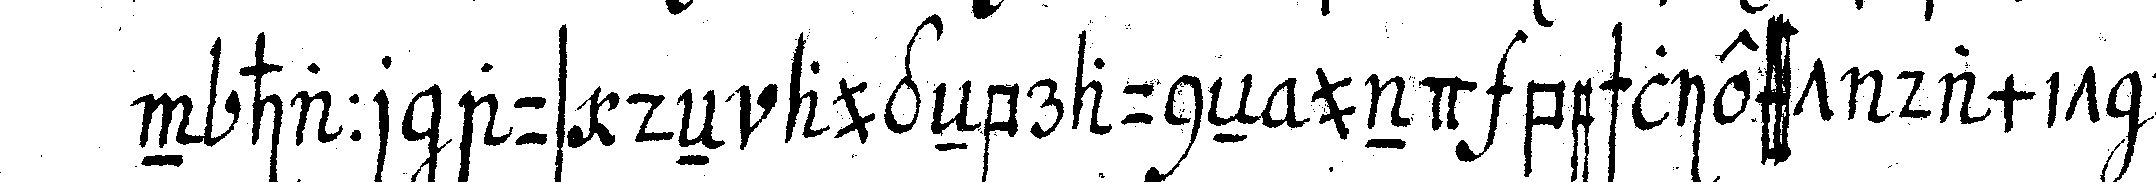
n haar aus deN augeNbrauneN und beschliesst damit die